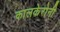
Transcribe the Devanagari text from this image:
कालकेरोनी